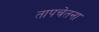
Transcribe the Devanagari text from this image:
तापचेतना